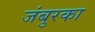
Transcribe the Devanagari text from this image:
जंबुरका